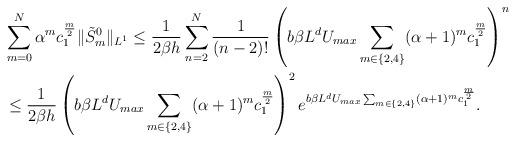
LaTeX: \begin{align*}&\sum_{m=0}^N\alpha^mc_1^{\frac{m}{2}}\|\tilde{S}_m^0\|_{L^1}\le\frac{1}{2\beta h}\sum_{n=2}^N\frac{1}{(n-2)!}\left(b\beta L^d U_{max}\sum_{m\in\{2,4\}}(\alpha+1)^mc_1^{\frac{m}{2}}\right)^n\\&\le \frac{1}{2\beta h}\left(b\beta L^d U_{max}\sum_{m\in\{2,4\}}(\alpha+1)^mc_1^{\frac{m}{2}}\right)^2e^{b\beta L^d U_{max}\sum_{m\in\{2,4\}}(\alpha+1)^mc_1^{\frac{m}{2}}}.\end{align*}